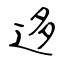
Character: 迻